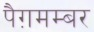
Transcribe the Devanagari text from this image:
पैग़मम्बर